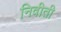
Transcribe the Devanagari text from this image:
निवीती